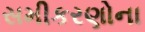
સમીકરણોના